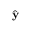
\hat { \mathbf { y } }